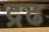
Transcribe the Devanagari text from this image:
द्रढ